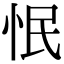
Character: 怋